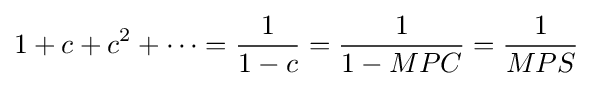
1+c+c^{2}+\cdots ={\frac {1}{1-c}}={\frac {1}{1-MPC}}={\frac {1}{MPS}}